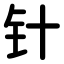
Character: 针